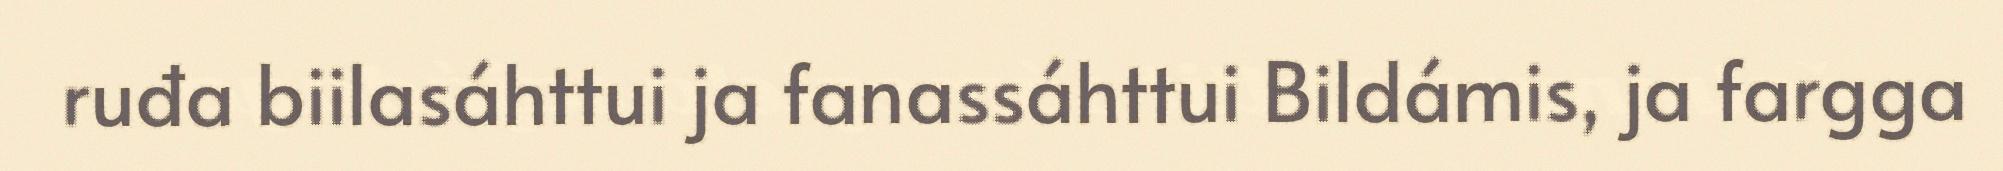
ruđa biilasáhttui ja fanassáhttui Bildámis, ja fargga